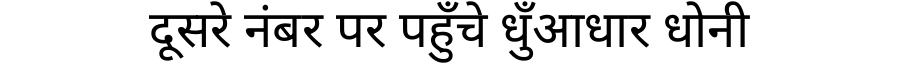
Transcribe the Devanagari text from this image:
दूसरे नंबर पर पहुँचे धुँआधार धोनी